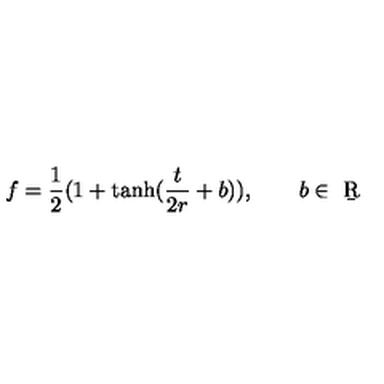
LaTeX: f = \frac 1 2 ( 1 + \tanh ( \frac { t } { 2 r } + b ) ) , \qquad b \in \b { R }